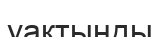
уақтынды